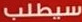
سيطلب